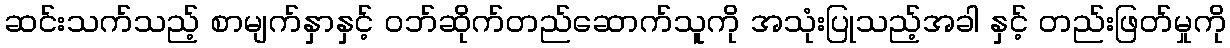
ဆင်းသက်သည့် စာမျက်နှာနှင့် ဝဘ်ဆိုက်တည်ဆောက်သူကို အသုံးပြုသည့်အခါ နှင့် တည်းဖြတ်မှုကို